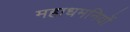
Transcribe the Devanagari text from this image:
महाधमनियों